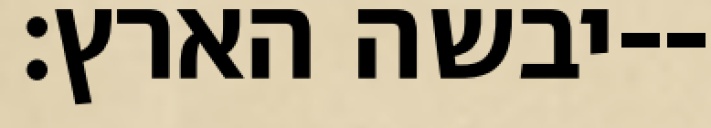
יבשה הארץ׃--